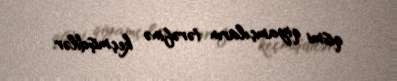
qismi qiyamçıların tərəfinə keçmişdilər.